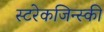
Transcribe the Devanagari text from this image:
स्टरेकजिन्स्की